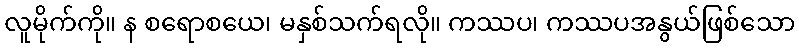
လူမိုက်ကို။ န စရောစယေ၊ မနှစ်သက်ရလို။ ကဿပ၊ ကဿပအနွယ်ဖြစ်သော